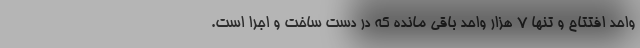
واحد افتتاح و تنها ۷ هزار واحد باقی مانده که در دست ساخت و اجرا است.